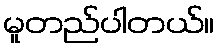
မူတည်ပါတယ်။